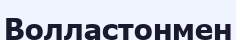
Волластонмен